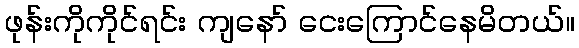
ဖုန်းကိုကိုင်ရင်း ကျနော် ငေးကြောင်နေမိတယ်။